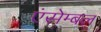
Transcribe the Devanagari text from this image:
एंसेम्बल